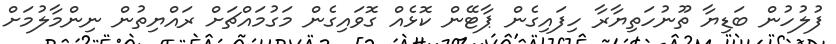
ފުލުހުން ބަޑިޔާ ތޫނުހަތިޔާރާ ހިފައިގެން ޕާޓޭން ކޮޅެއް ގޮވައިގެން މަގުމައްޗަށް ރައްޔިތުން ނިންމާލުމަށް